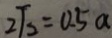
2 \sqrt { 2 } = 0 . 5 a